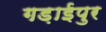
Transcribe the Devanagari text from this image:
गड़ाईपुर